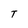
Character: T